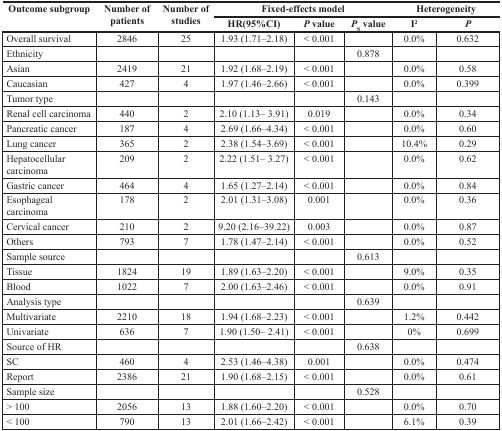
<table><thead><tr><td rowspan="2"><b>Outcome subgroup</b></td><td rowspan="2"><b>Number of patients</b></td><td rowspan="2"><b>Number of studies</b></td><td colspan="3"><b>Fixed-effects model</b></td><td colspan="2"><b>Heterogeneity</b></td></tr><tr><td><b>HR(95%CI)</b></td><td><b><i>P</i> value</b></td><td><b><i>P</i><sub>S</sub>value</b></td><td><b>I<sup>2</sup></b></td><td><b><i>P</i></b></td></tr></thead><tbody><tr><td>Overall survival</td><td>2846</td><td>25</td><td>1.93 (1.71–2.18)</td><td>&lt; 0.001</td><td></td><td>0.0%</td><td>0.632</td></tr><tr><td>Ethnicity</td><td></td><td></td><td></td><td></td><td>0.878</td><td></td><td></td></tr><tr><td>Asian</td><td>2419</td><td>21</td><td>1.92 (1.68–2.19)</td><td>&lt; 0.001</td><td></td><td>0.0%</td><td>0.58</td></tr><tr><td>Caucasian</td><td>427</td><td>4</td><td>1.97 (1.46–2.66)</td><td>&lt; 0.001</td><td></td><td>0.0%</td><td>0.399</td></tr><tr><td>Tumor type</td><td></td><td></td><td></td><td></td><td>0.143</td><td></td><td></td></tr><tr><td>Renal cell carcinoma</td><td>440</td><td>2</td><td>2.10 (1.13– 3.91)</td><td>0.019</td><td></td><td>0.0%</td><td>0.34</td></tr><tr><td>Pancreatic cancer</td><td>187</td><td>4</td><td>2.69 (1.66–4.34)</td><td>&lt; 0.001</td><td></td><td>0.0%</td><td>0.60</td></tr><tr><td>Lung cancer</td><td>365</td><td>2</td><td>2.38 (1.54–3.69)</td><td>&lt; 0.001</td><td></td><td>10.4%</td><td>0.29</td></tr><tr><td>Hepatocellular carcinoma</td><td>209</td><td>2</td><td>2.22 (1.51– 3.27)</td><td>&lt; 0.001</td><td></td><td>0.0%</td><td>0.62</td></tr><tr><td>Gastric cancer</td><td>464</td><td>4</td><td>1.65 (1.27–2.14)</td><td>&lt; 0.001</td><td></td><td>0.0%</td><td>0.84</td></tr><tr><td>Esophageal carcinoma</td><td>178</td><td>2</td><td>2.01 (1.31–3.08)</td><td>0.001</td><td></td><td>0.0%</td><td>0.36</td></tr><tr><td>Cervical cancer</td><td>210</td><td>2</td><td>9.20 (2.16–39.22)</td><td>0.003</td><td></td><td>0.0%</td><td>0.87</td></tr><tr><td>Others</td><td>793</td><td>7</td><td>1.78 (1.47–2.14)</td><td>&lt; 0.001</td><td></td><td>0.0%</td><td>0.52</td></tr><tr><td>Sample source</td><td></td><td></td><td></td><td></td><td>0.613</td><td></td><td></td></tr><tr><td>Tissue</td><td>1824</td><td>19</td><td>1.89 (1.63–2.20)</td><td>&lt; 0.001</td><td></td><td>9.0%</td><td>0.35</td></tr><tr><td>Blood</td><td>1022</td><td>7</td><td>2.00 (1.63–2.46)</td><td>&lt; 0.001</td><td></td><td>0.0%</td><td>0.91</td></tr><tr><td>Analysis type</td><td></td><td></td><td></td><td></td><td>0.639</td><td></td><td></td></tr><tr><td>Multivariate</td><td>2210</td><td>18</td><td>1.94 (1.68–2.23)</td><td>&lt; 0.001</td><td></td><td>1.2%</td><td>0.442</td></tr><tr><td>Univariate</td><td>636</td><td>7</td><td>1.90 (1.50– 2.41)</td><td>&lt; 0.001</td><td></td><td>0%</td><td>0.699</td></tr><tr><td>Source of HR</td><td></td><td></td><td></td><td></td><td>0.638</td><td></td><td></td></tr><tr><td>SC</td><td>460</td><td>4</td><td>2.53 (1.46–4.38)</td><td>0.001</td><td></td><td>0.0%</td><td>0.474</td></tr><tr><td>Report</td><td>2386</td><td>21</td><td>1.90 (1.68–2.15)</td><td>&lt; 0.001</td><td></td><td>0.0%</td><td>0.61</td></tr><tr><td>Sample size</td><td></td><td></td><td></td><td></td><td>0.528</td><td></td><td></td></tr><tr><td>&gt; 100</td><td>2056</td><td>13</td><td>1.88 (1.60–2.20)</td><td>&lt; 0.001</td><td></td><td>0.0%</td><td>0.70</td></tr><tr><td>&lt; 100</td><td>790</td><td>13</td><td>2.01 (1.66–2.42)</td><td>&lt; 0.001</td><td></td><td>6.1%</td><td>0.39</td></tr></tbody></table>